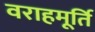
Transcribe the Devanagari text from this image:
वराहमूर्ति